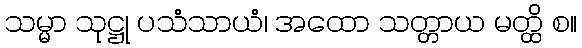
သမ္မာ သုဋ္ဌု ပသံသာယံ၊ အထော သတ္တာယ မတ္ထိ စ။